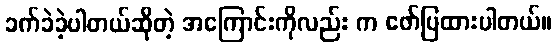
ခက်ခဲခဲ့ပါတယ်ဆိုတဲ့ အကြောင်းကိုလည်း က ဖော်ပြထားပါတယ်။